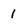
Character: I